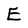
Character: E